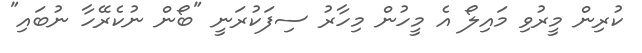
ކުރިން މީރުވި މައިލޯ އެ މީހުން މިހާރު ސިފަކުރަނީ "ބޯން ނުކެރޭހާ ނުބައި"